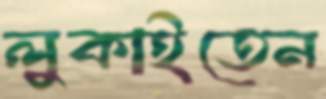
লুকাইতেন